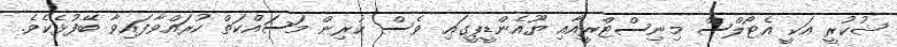
ޝުކުރީ އަކީ އެޓޯލްސް މިނިސްޓްރީއާއި ޔޫއެންޑީޕީގައި ވެސް ކުރިން މަސައްކަތް ކުރައްވާފައިވާ ބޭފުޅެކެވެ.